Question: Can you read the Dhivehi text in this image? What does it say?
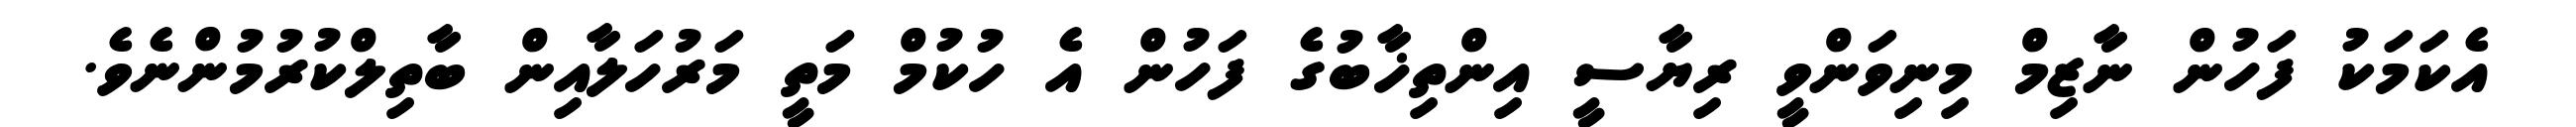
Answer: އެކަމަކު ފަހުން ނާޒިމް މިނިވަންވީ ރިޔާސީ އިންތިޚާބުގެ ފަހުން އެ ހުކުމް މަތީ މަރުހަލާއިން ބާތިލްކުރުމުންނެވެ.